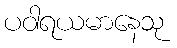
ပဝါရယမာနေသု